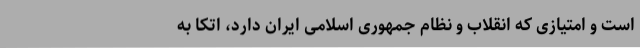
است و امتیازی که انقلاب و نظام جمهوری اسلامی ایران دارد، اتکا به